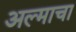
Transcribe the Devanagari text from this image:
अल्माचा